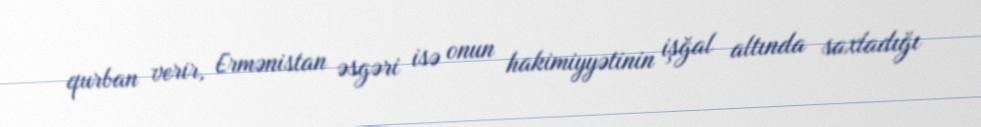
qurban verir, Ermənistan əsgəri isə onun hakimiyyətinin işğal altında saxladığı